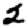
Digit: 2